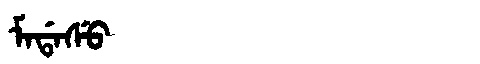
Manchu: ᠮᠠᡩᠠᠰᡠ
Romanization: MADASU